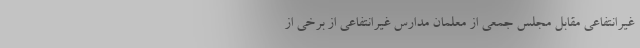
غیرانتفاعی مقابل مجلس جمعی از معلمان مدارس غیرانتفاعی از برخی از